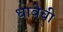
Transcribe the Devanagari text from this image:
धावेची